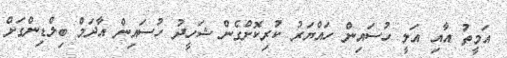
އަމީތު އާއި އަލީ ހުސައިން ހައްޔަރު ކުރިކޮށްގެން ޝަހީދު ހުސައިން އާދަމް ބިލްޑިންގަށް